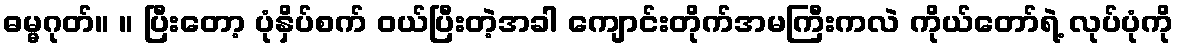
ဓမ္မဂုတ်။ ။ ပြီးတော့ ပုံနှိပ်စက် ဝယ်ပြီးတဲ့အခါ ကျောင်းတိုက်အမကြီးကလဲ ကိုယ်တော်ရဲ့ လုပ်ပုံကို